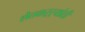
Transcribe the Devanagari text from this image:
शेतकऱ्र्‍यांठी